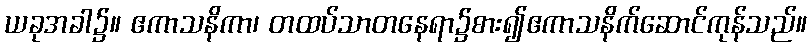
ယခုအခါ၌။ ဧကာသနိကာ၊ တထပ်သာတနေရာ၌စား၍ဧကာသနိက်ဆောင်ကုန်သည်။